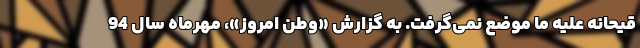
قیحانه علیه ما موضع نمی‌گرفت. به گزارش «وطن امروز»، مهرماه سال 94